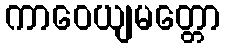
ကာဝေယျမတ္တော